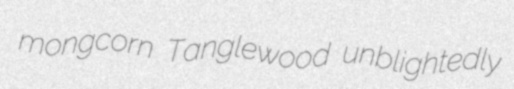
mongcorn Tanglewood unblightedly